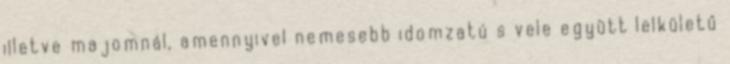
illetve majomnál, amennyivel nemesebb idomzatú s vele együtt lelkületű